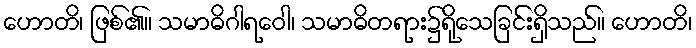
ဟောတိ၊ ဖြစ်၏။ သမာဓိဂါရဝေါ၊ သမာဓိတရား၌ရိုသေခြင်းရှိသည်။ ဟောတိ၊